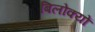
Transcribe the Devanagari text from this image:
बिलोक्‍यों